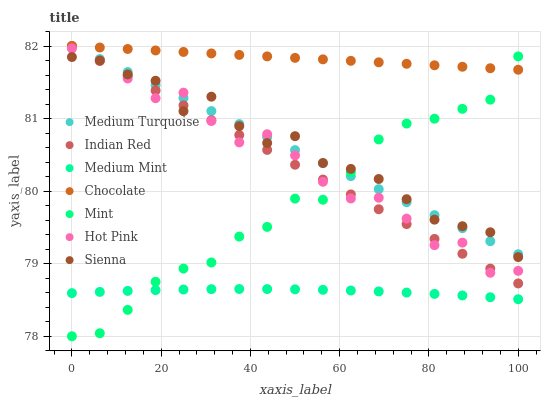
| xaxis_label | Medium Turquoise | Indian Red | Medium Mint | Chocolate | Mint | Hot Pink | Sienna |
 | --- | --- | --- | --- | --- | --- | --- | --- |
 | 0 | 82 | 82 | 78.6 | 82 | 78 | 82 | 81.8 |
 | 6.25 | 81.8 | 81.8 | 78.6 | 82 | 78 | 81.8 | 81.8 |
 | 12.5 | 81.6 | 81.6 | 78.6 | 82 | 78.4 | 81.6 | 81.6 |
 | 18.8 | 81.5 | 81.4 | 78.6 | 81.9 | 78.8 | 81.3 | 81.5 |
 | 25 | 81.3 | 81.2 | 78.6 | 81.9 | 78.9 | 81.4 | 81.1 |
 | 31.2 | 81.1 | 81 | 78.6 | 81.9 | 79 | 81 | 81.3 |
 | 37.5 | 80.9 | 80.8 | 78.7 | 81.9 | 79.4 | 80.7 | 80.9 |
 | 43.8 | 80.7 | 80.6 | 78.7 | 81.9 | 79.5 | 80.8 | 80.7 |
 | 50 | 80.6 | 80.4 | 78.6 | 81.8 | 79.9 | 80.5 | 80.8 |
 | 56.2 | 80.4 | 80.2 | 78.6 | 81.8 | 79.9 | 80.1 | 80.4 |
 | 62.5 | 80.2 | 80 | 78.6 | 81.8 | 80.3 | 79.9 | 80.3 |
 | 68.8 | 80 | 79.8 | 78.6 | 81.8 | 80.7 | 79.9 | 80.2 |
 | 75 | 79.8 | 79.5 | 78.6 | 81.8 | 80.9 | 79.6 | 79.9 |
 | 81.2 | 79.7 | 79.3 | 78.6 | 81.7 | 81 | 79.3 | 79.6 |
 | 87.5 | 79.5 | 79.1 | 78.6 | 81.7 | 81.1 | 79.3 | 79.5 |
 | 93.8 | 79.3 | 78.9 | 78.5 | 81.7 | 81.3 | 78.9 | 79.4 |
 | 100 | 79.1 | 78.7 | 78.5 | 81.7 | 81.9 | 78.9 | 79.1 |